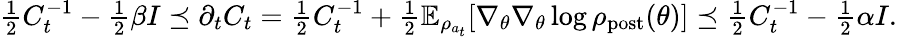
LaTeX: \begin{array}{r}{\frac{1}{2}C_{t}^{-1}-\frac{1}{2}\beta I\preceq\partial_{t}{C}_{t}=\frac{1}{2}C_{t}^{-1}+\frac{1}{2}\mathbb{E}_{\rho_{a_{t}}}[\nabla_{\theta}\nabla_{\theta}\log\rho_{\mathrm{post}}(\theta)]\preceq\frac{1}{2}C_{t}^{-1}-\frac{1}{2}\alpha I.}\end{array}